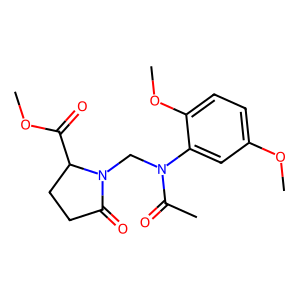
SMILES: COC(=O)C1CCC(=O)N1CN(C(C)=O)c1cc(OC)ccc1OC
Inhibits HIV replication: No